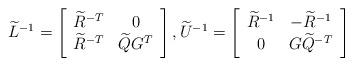
LaTeX: \begin{align*}\widetilde{L}^{-1}=\left[ \begin{array}{cc} \widetilde{R}^{-T} & 0 \\\widetilde{R}^{-T} & \widetilde{Q}G^{T}\end{array} \right], \widetilde{U}^{-1}=\left[ \begin{array}{cc}\widetilde{R}^{-1} & -\widetilde{R}^{-1} \\0 & G\widetilde{Q}^{-T} \end{array} \right]\end{align*}